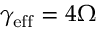
\gamma _ { \mathrm { e f f } } = 4 \Omega